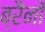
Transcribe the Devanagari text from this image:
ब्रैनों